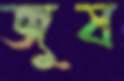
জুষ